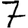
Digit: 7